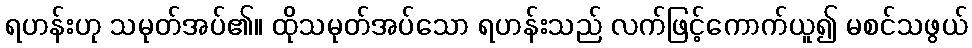
ရဟန်းဟု သမုတ်အပ်၏။ ထိုသမုတ်အပ်သော ရဟန်းသည် လက်ဖြင့်ကောက်ယူ၍ မစင်သဖွယ်